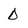
Character: D